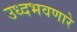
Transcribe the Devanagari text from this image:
उध्दभवणारे